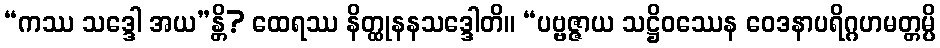
“ကဿ သဒ္ဒေါ အယ”န္တိ? ထေရဿ နိတ္ထုနနသဒ္ဒေါတိ။ “ပဗ္ဗဇ္ဇာယ သဋ္ဌိဝဿေန ဝေဒနာပရိဂ္ဂဟမတ္တမ္ပိ